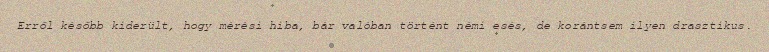
Erről később kiderült, hogy mérési hiba, bár valóban történt némi esés, de korántsem ilyen drasztikus.